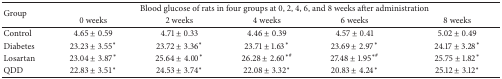
<table><thead><tr><td rowspan="2"><b>Group</b></td><td colspan="5"><b>Blood glucose of rats in four groups at 0, 2, 4, 6, and 8 weeks after administration</b></td></tr><tr><td><b>0 weeks</b></td><td><b>2 weeks</b></td><td><b>4 weeks</b></td><td><b>6 weeks</b></td><td><b>8 weeks</b></td></tr></thead><tbody><tr><td> Control</td><td>4.65 ± 0.59</td><td>4.71 ± 0.33</td><td>4.46 ± 0.39</td><td>4.57 ± 0.41</td><td>5.02 ± 0.49</td></tr><tr><td>Diabetes</td><td>23.23 ± 3.55<sup><i>∗</i></sup></td><td>23.72 ± 3.36<sup><i>∗</i></sup></td><td>23.71 ± 1.63<sup><i>∗</i></sup></td><td>23.69 ± 2.97<sup><i>∗</i></sup></td><td>24.17 ± 3.28<sup><i>∗</i></sup></td></tr><tr><td>Losartan</td><td>23.04 ± 3.87<sup><i>∗</i></sup></td><td>25.64 ± 4.00<sup><i>∗</i></sup></td><td>26.28 ± 2.60<sup><i>∗</i>#</sup></td><td>27.48 ± 1.95<sup><i>∗</i>#</sup></td><td>25.75 ± 1.82<sup><i>∗</i></sup></td></tr><tr><td>QDD</td><td>22.83 ± 3.51<sup><i>∗</i></sup></td><td>24.53 ± 3.74<sup><i>∗</i></sup></td><td>22.08 ± 3.32<sup><i>∗</i></sup></td><td>20.83 ± 4.24<sup><i>∗</i></sup></td><td>25.12 ± 3.12<sup><i>∗</i></sup></td></tr></tbody></table>